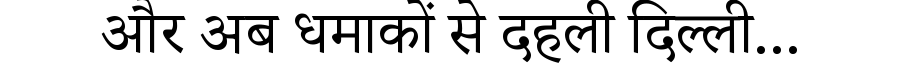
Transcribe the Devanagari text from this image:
और अब धमाकों से दहली दिल्ली...